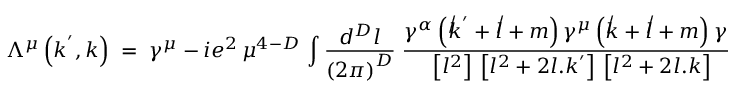
\Lambda ^ { \mu } \left( { k ^ { ' } , k } \right) \; = \; \gamma ^ { \mu } \; { - \, i e ^ { 2 } } \, \mu ^ { 4 - D } \, \int { { \frac { d ^ { D } l } { \left( { 2 \pi } \right) ^ { D } } } } \; { \frac { \gamma ^ { \alpha } \left( { \not k ^ { ' } + \not l + m } \right) \gamma ^ { \mu } \left( { \not k + \not l + m } \right) \gamma _ { \alpha } } { \left[ { l ^ { 2 } } \right] \, \left[ { l ^ { 2 } + 2 l . k ^ { ' } } \right] \, \left[ { l ^ { 2 } + 2 l . k } \right] \, } } + O \left( { e ^ { 4 } } \right) \; ,